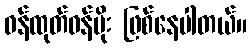
ဝန်ထုတ်ဝန်ပိုး ဖြစ်နေပါတယ်။